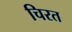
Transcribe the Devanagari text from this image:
चिरत